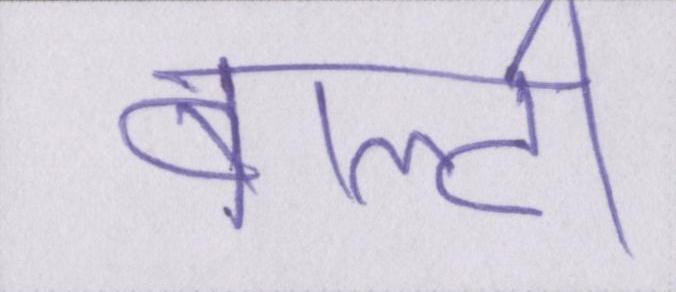
बाल्टी